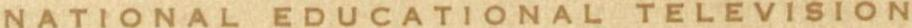
NATIONAL EDUCATIONAL TELEVISION